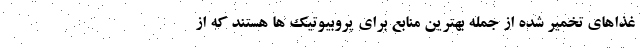
غذاهای تخمیر شده از جمله بهترین منابع برای پروبیوتیک ها هستند که از